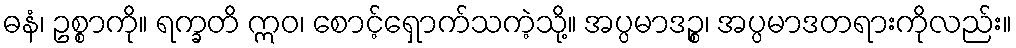
ဓနံ၊ ဥစ္စာကို။ ရက္ခတိ ဣဝ၊ စောင့်ရှောက်သကဲ့သို့။ အပ္ပမာဒဉ္စ၊ အပ္ပမာဒတရားကိုလည်း။